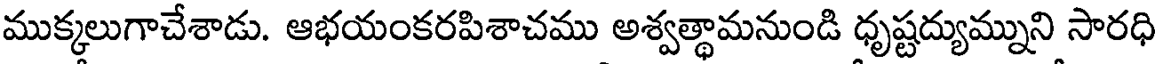
ముక్కలుగాచేశాడు. ఆభయంకరపిశాచము అశ్వత్థామనుండి ధృష్టద్యుమ్నుని సారధి